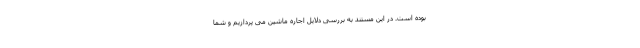
بوده است. در این مستند به بررسی دلایل اجاره ماشین می پردازیم و شما